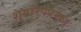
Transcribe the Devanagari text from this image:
शृगांरपपरक।